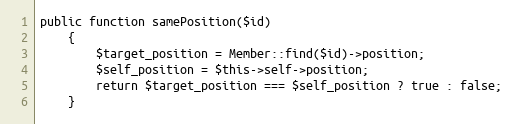
Language: PHP
public function samePosition($id)
	{
		$target_position = Member::find($id)->position;
		$self_position = $this->self->position;
		return $target_position === $self_position ? true : false;
	}